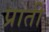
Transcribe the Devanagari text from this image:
प्राती